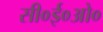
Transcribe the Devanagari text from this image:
सी०ई०ओ०